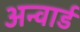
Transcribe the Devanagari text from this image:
अन्वार्ड